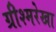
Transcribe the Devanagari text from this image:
ग्रीश्मरेखा